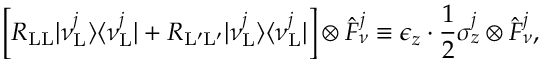
\Big [ R _ { \mathrm { L L } } | \nu _ { \mathrm { L } } ^ { j } \rangle \langle \nu _ { \mathrm { L } } ^ { j } | + R _ { \mathrm { L } ^ { \prime } \mathrm { L } ^ { \prime } } | \nu _ { \mathrm { L } } ^ { j } \rangle \langle \nu _ { \mathrm { L } } ^ { j } | \Big ] \otimes \hat { F } _ { \nu } ^ { j } \equiv \epsilon _ { z } \cdot \frac { 1 } { 2 } \sigma _ { z } ^ { j } \otimes \hat { F } _ { \nu } ^ { j } ,